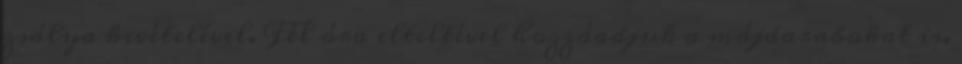
zsálya kivételével. Fél óra elteltével hozzáadjuk a májdarabokat is.